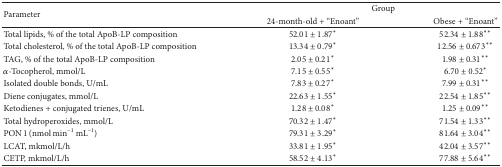
| <ROWSPAN=2> Parameter | <COLSPAN=2> Group |
 | 24-month-old + “Enoant” | Obese + “Enoant” |
 | --- | --- | --- |
 | Total lipids, % of the total ApoB-LP composition | 52.01 ± 1.87* | 52.34 ± 1.88** |
 | Total cholesterol, % of the total ApoB-LP composition | 13.34 ± 0.79* | 12.56 ± 0.673** |
 | TAG, % of the total ApoB-LP composition | 2.05 ± 0.21* | 1.98 ± 0.31** |
 | α-Tocopherol, mmol/L | 7.15 ± 0.55* | 6.70 ± 0.52* |
 | Isolated double bonds, U/mL | 7.83 ± 0.27* | 7.99 ± 0.31** |
 | Diene conjugates, mmol/L | 22.63 ± 1.55* | 22.54 ± 1.85** |
 | Ketodienes + conjugated trienes, U/mL | 1.28 ± 0.08* | 1.25 ± 0.09** |
 | Total hydroperoxides, mmol/L | 70.32 ± 1.47* | 71.54 ± 1.33** |
 | PON 1 (nmol min−1 mL−1) | 79.31 ± 3.29* | 81.64 ± 3.04** |
 | LCAT, mkmol/L/h | 33.81 ± 1.95* | 42.04 ± 3.57** |
 | CETP, mkmol/L/h | 58.52 ± 4.13* | 77.88 ± 5.64** |